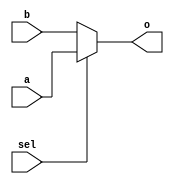
`timescale 1ns / 1ps
//////////////////////////////////////////////////////////////////////////////////
// Company: 
// Engineer: 
// 
// Design Name: 
// Module Name:    MUXSH2M 
// Project Name: 
// Target Devices: 
// Tool versions: 
// Description: 
//
// Dependencies: 
//
// Revision: 
// Revision 0.01 - File Created
// Additional Comments: 
//
//////////////////////////////////////////////////////////////////////////////////
module MUXSH2M(
	input [63:0]a,
	input [63:0]b,
	input sel,
	output [63:0]o
    );

assign o=(sel)?a:b;

endmodule